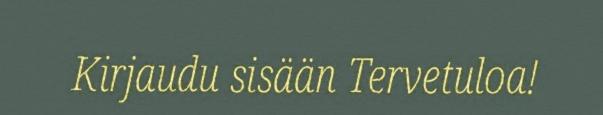
Kirjaudu sisään Tervetuloa!